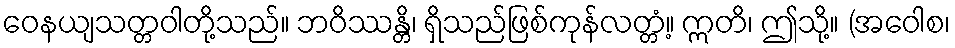
ဝေနယျသတ္တဝါတို့သည်။ ဘဝိဿန္တိ၊ ရှိသည်ဖြစ်ကုန်လတ္တံ့။ ဣတိ၊ ဤသို့။ (အဝေါစ၊